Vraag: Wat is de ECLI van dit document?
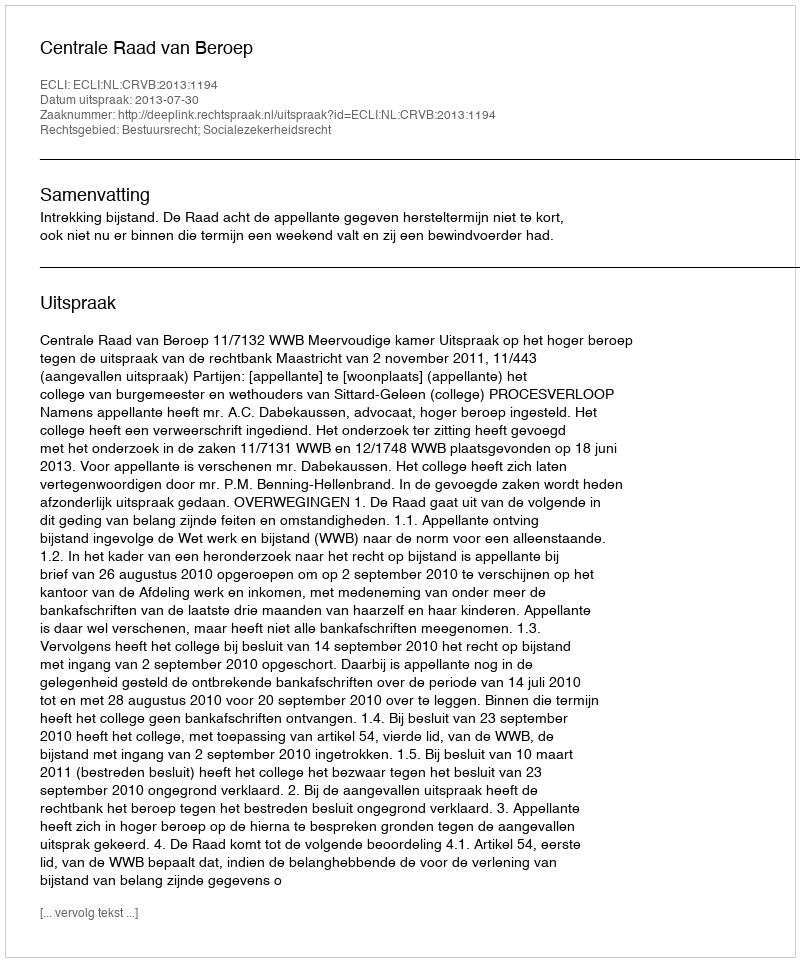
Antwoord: ECLI:NL:CRVB:2013:1194